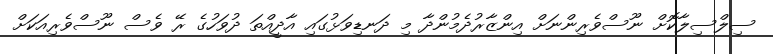
ސިލްސިލާކޮށް ނޫސްވެރިންނަށް އިންޒާރުދެމުންދާ މި ދަނޑިވަޅުގައި އާދީއްތަ ދުވަހުގެ ރޭ ވެސް ނޫސްވެރިއަކަށް